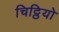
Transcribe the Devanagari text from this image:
चिट्ठियो